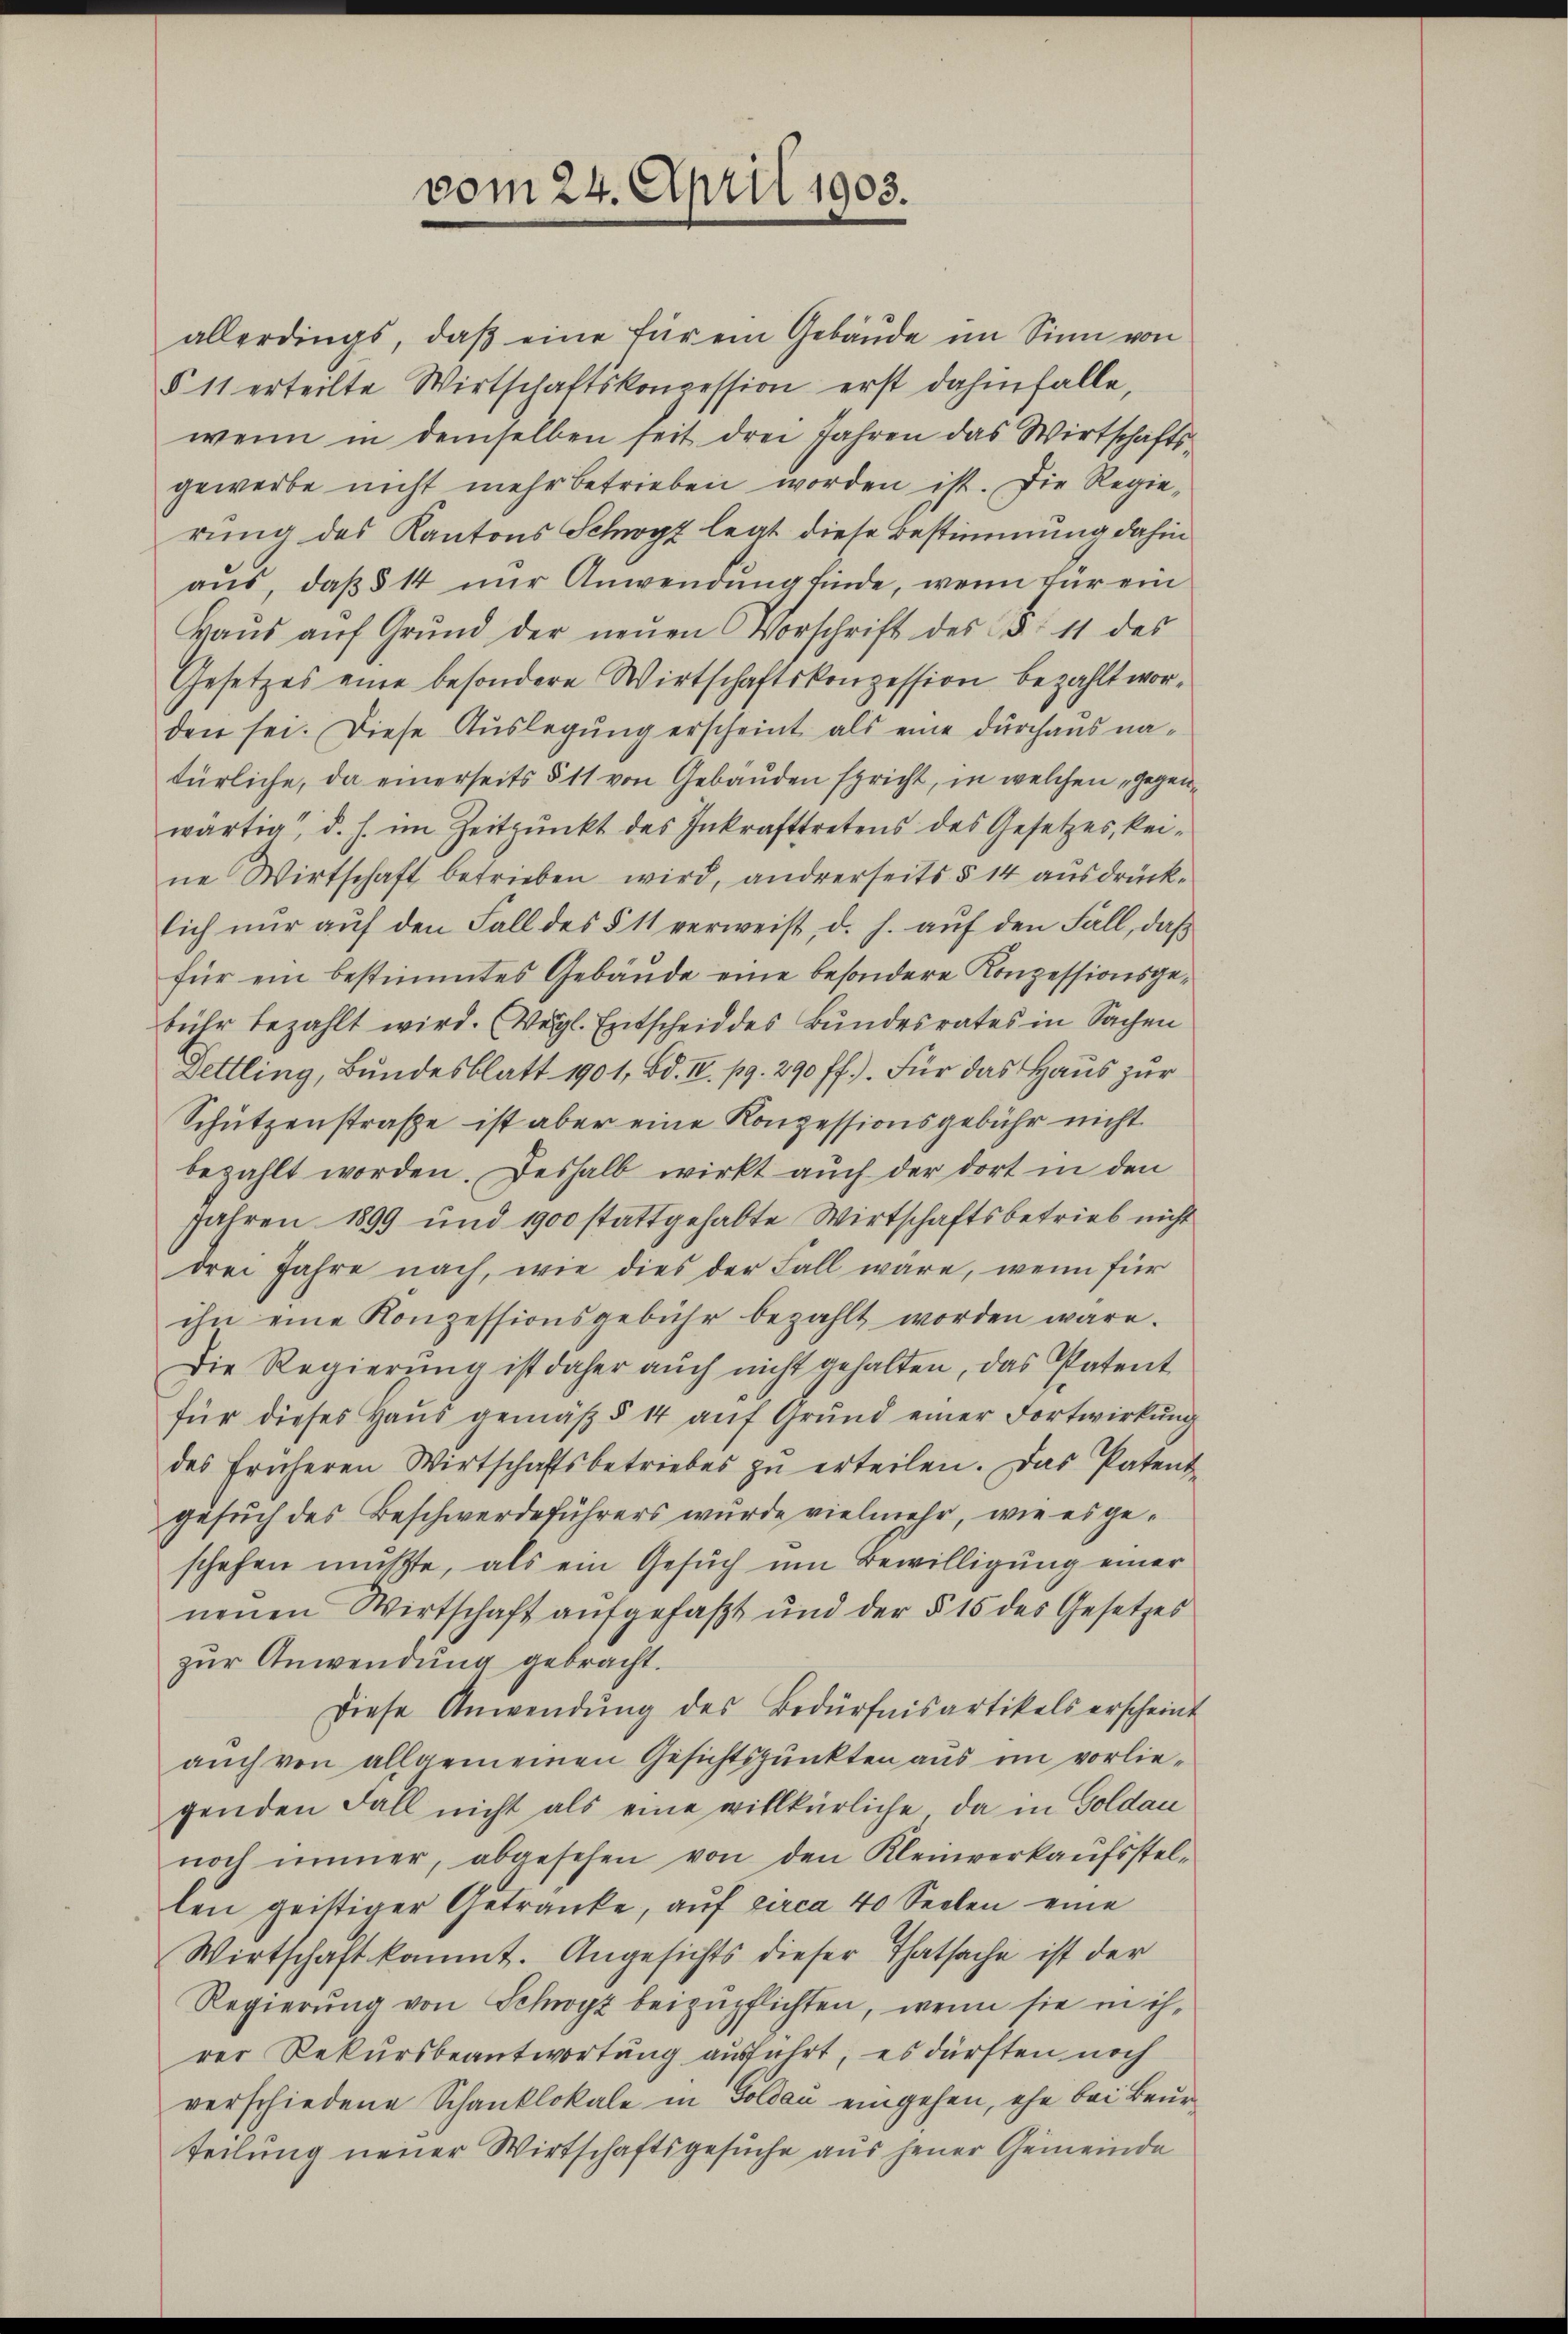
allerdings, daβ eine für ein Gebäude im Sinn von
§ 11 erteilte Wirtschaftskonzession erst dahinfalle,
wenn in demselben seit drei Jahren das Wirtschafts-
gewerbe nicht mehr betrieben worden ist. Die Regierung des Kantons Schwyz legt diese Bestimmung dahin
aus, daß § 14 nur Anwendung finde, wenn für ein
Haŭs aŭf Grŭnd der neŭen Vorschrift des Fr. 11 des
Gesetzes eine besondere Wirtschaftskonzession bezahlt worden sei. Diese Auslegung erscheint als eine durchaus natürliche, da einerseits § 11 von Gebäuden spricht, in welchen „gegenwärtig, d. h. im Zeitpunkt des Inkrafttretens des Gesetzes, kei-
ne Wirtschaft betrieben wird, andrerseits § 14 ausdrücklich nur auf den Fall des § 11 verweist, d. h. auf den Fall, daß
für ein bestimmtes Gebäude eine besondere Konzessionsgebühr bezahlt wird. (Vergl. Entscheid des Bundesrates in Sachen
Dettling, Bundesblatt 1901, Bd. III. pg. 290 ff.). Für das Haus zur
Schützenstraße ist aber eine Konzessionsgebühr nicht
bezahlt worden. Deshalb wirkt auch der dort in den
Jahren 1899 und 1900 stattgehabte Wirtschaftsbetrieb nicht
drei Jahre nach, wie dies der Fall wäre, wenn für
ihn eine Konzessionsgebühr bezahlt worden wäre.
Die Regierŭng ist daher aŭch nicht gehalten, das Patent
für dieses Haŭs gemäß § 14 aŭf Grund einer Fortwirkung
des früheren Wirtschaftsbetriebes zŭ erteilen. Das Patent-
gesuch des Beschwerdeführers wurde vielmehr, wie es geschehen mußte, als ein Gesuch um Bewilligung einer
nenen Wirtschaft aufgefaßt und der § 15 des Gesetzes
zur Anwendung gebracht.
Diese Anwendŭng des Bedürfnisartikels erscheint
auch von allgemeinen Gesichtspunkten aus im vorliegenden Fall nicht als eine willkürliche, da in Goldau
noch immer, abgesehen von den Kleinverkaŭfsstel-
len geistiger Getränke, auf circa 40 Seelen eine
Wirtschaft kommt. Angesichts dieser Thatsache ist der
Regierung von Schwyz beizupflichten, wenn sie in ih-
rer Rekursbeantwortung ausführt, es dürften noch
verschiedene Schanklokale in Goldau eingehen, ehe bei Beurteilung neuer Wirtschaftsgesuche aus jener Gemeinde

vom 24. April 1903.